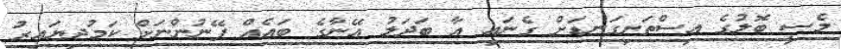
މެސީ ބޮލުގެ އިސްތަށިގަނޑަށް ގެނައި އާ ބަދަލު އޭނާގެ ބައެއް ފޭނުންނަށް ކަމުދިޔައިރު